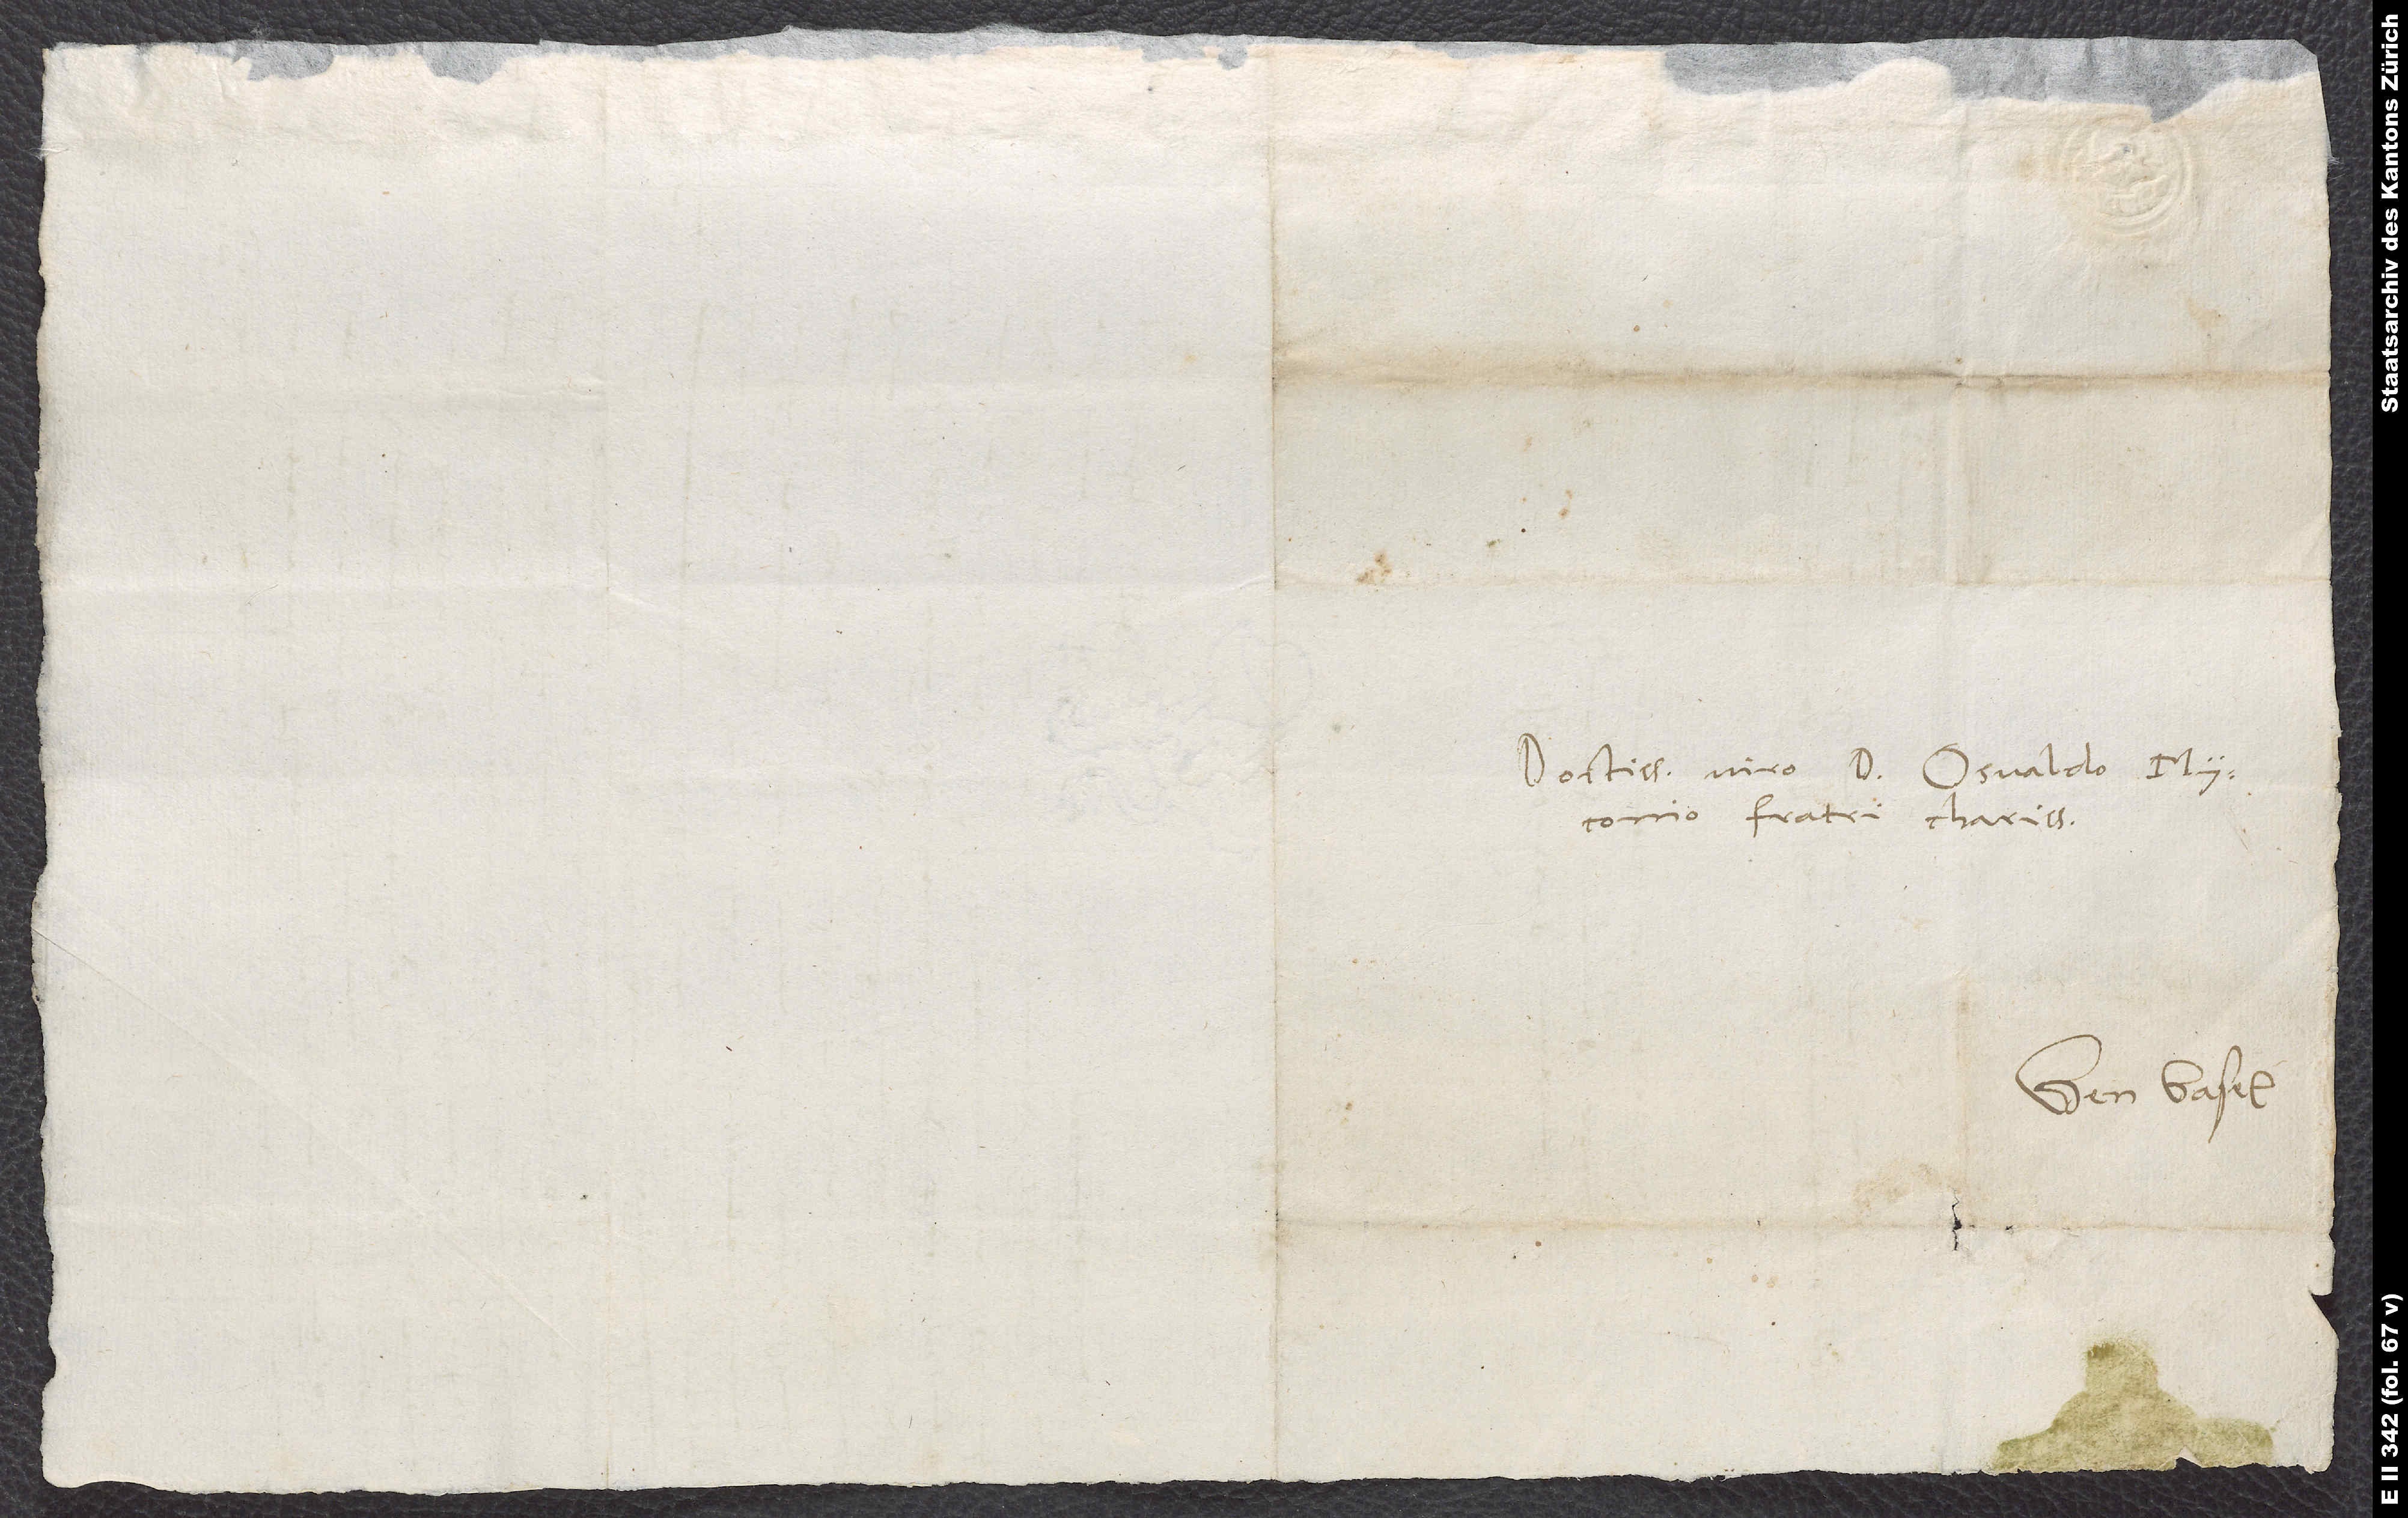
Doctissimo viro d. Osvaldo Myconio,
fratri charissimo.
Gen Basel.